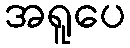
အရူပေ